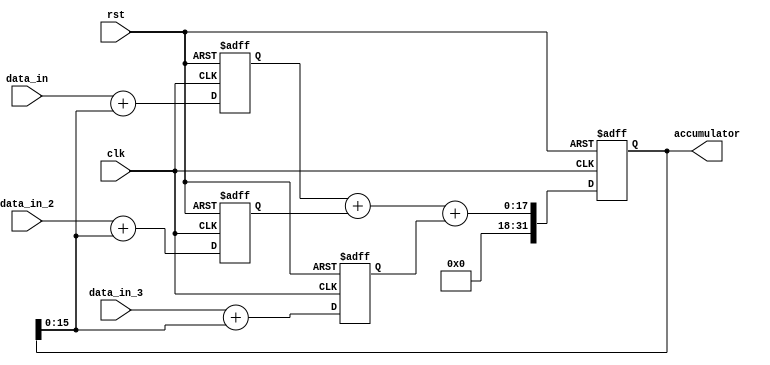
module ParallelAccumulator(
    input clk,
    input rst,
    input [15:0] data_in,
    input [15:0] data_in_2,
    input [15:0] data_in_3,
    output reg [31:0] accumulator
);

reg [15:0] partial_sum_1, partial_sum_2, partial_sum_3;

always @(posedge clk or posedge rst) begin
    if (rst) begin
        accumulator <= 0;
        partial_sum_1 <= 0;
        partial_sum_2 <= 0;
        partial_sum_3 <= 0;
    end else begin
        partial_sum_1 <= data_in + accumulator;
        partial_sum_2 <= data_in_2 + accumulator;
        partial_sum_3 <= data_in_3 + accumulator;
        
        accumulator <= partial_sum_1 + partial_sum_2 + partial_sum_3;
    end
end

endmodule